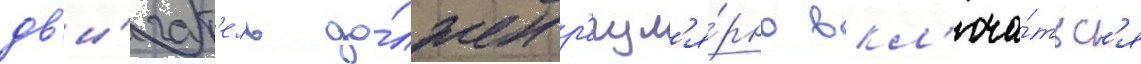
дв'и́гат'ель до́лжен р'егул'я́рно вкл'юча́тьс'я